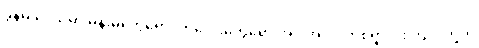
ခွန်မ ဒေသမှာ မိန်းမတွေရော၊ ကလေးတွေရော အပါအဝင် တစ်ရွာလုံး ကျုပ်တို့ကို